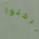
يرحلوا